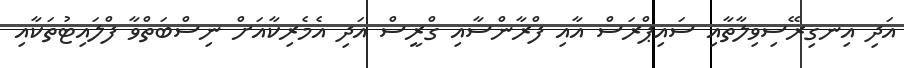
އަދި އިނގިރޭސިވިލާތާއި ސައިޕްރަސް އާއި ފްރާންސާއި ގްރީސް އަދި އެމެރިކާއަށް ނިސްބަތްވާ ފްލައިޓުތަކާއި